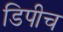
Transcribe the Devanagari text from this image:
डिपीच